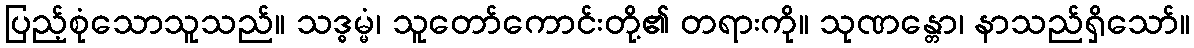
ပြည့်စုံသောသူသည်။ သဒ္ဓမ္မံ၊ သူတော်ကောင်းတို့၏ တရားကို။ သုဏန္တော၊ နာသည်ရှိသော်။